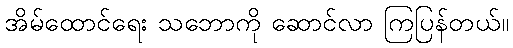
အိမ်ထောင်ရေး သဘောကို ဆောင်လာ ကြပြန်တယ်။